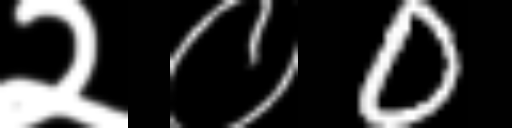
Text: २०0